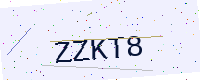
Text: ZZKT8